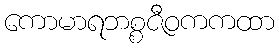
ကောမာရဘစ္စဇီဝကကထာ